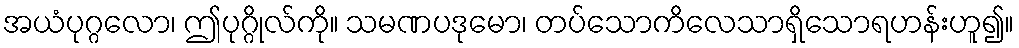
အယံပုဂ္ဂလော၊ ဤပုဂ္ဂိုလ်ကို။ သမဏပဒုမော၊ တပ်သောကိလေသာရှိသောရဟန်းဟူ၍။